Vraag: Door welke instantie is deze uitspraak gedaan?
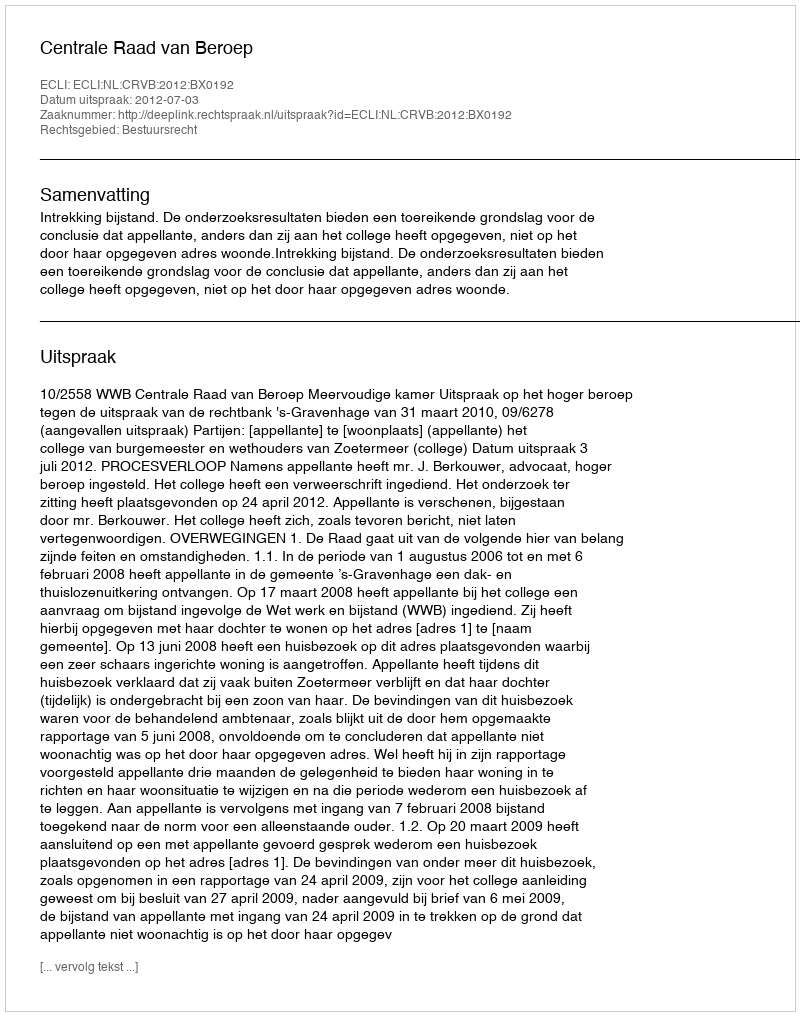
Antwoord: Centrale Raad van Beroep